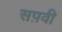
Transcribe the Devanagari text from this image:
सप़वी